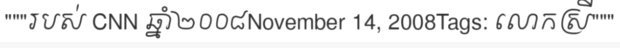
"""របស់ CNN ឆ្នាំ២០០៨November 14, 2008Tags: លោកស្រី"""